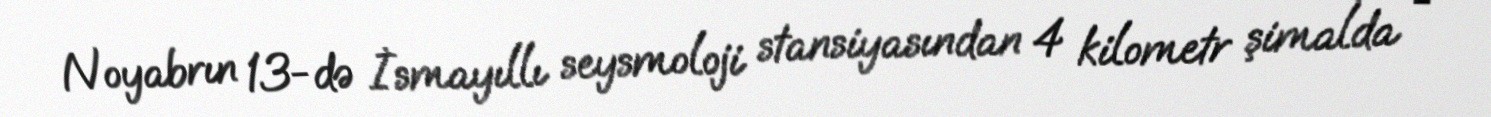
Noyabrın 13-də İsmayıllı seysmoloji stansiyasından 4 kilometr şimalda -